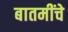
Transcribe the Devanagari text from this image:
बातमींचे